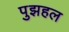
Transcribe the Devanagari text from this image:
पुझहल